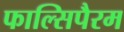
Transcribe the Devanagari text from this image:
फाल्सिपैरम